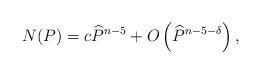
LaTeX: \begin{align*} N(P)= c\widehat{P}^{n-5}+O\left(\widehat{P}^{n-5-\delta}\right), \end{align*}